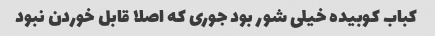
کباب کوبیده خیلی شور بود جوری که اصلا قابل خوردن نبود